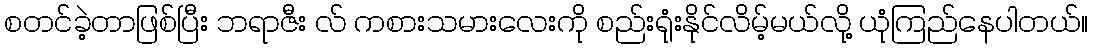
စတင်ခဲ့တာဖြစ်ပြီး ဘရာဇီး လ် ကစားသမားလေးကို စည်းရုံးနိုင်လိမ့်မယ်လို့ ယုံကြည်နေပါတယ်။